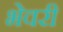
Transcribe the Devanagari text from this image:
भेवरी